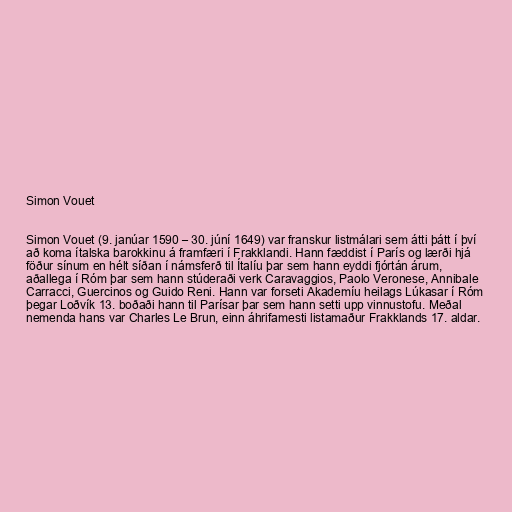
Simon Vouet

Simon Vouet (9. janúar 1590 – 30. júní 1649) var franskur listmálari sem átti þátt í því
að koma ítalska barokkinu á framfæri í Frakklandi. Hann fæddist í París og lærði hjá
föður sínum en hélt síðan í námsferð til Ítalíu þar sem hann eyddi fjórtán árum,
aðallega í Róm þar sem hann stúderaði verk Caravaggios, Paolo Veronese, Annibale
Carracci, Guercinos og Guido Reni. Hann var forseti Akademíu heilags Lúkasar í Róm
þegar Loðvík 13. boðaði hann til Parísar þar sem hann setti upp vinnustofu. Meðal
nemenda hans var Charles Le Brun, einn áhrifamesti listamaður Frakklands 17. aldar.